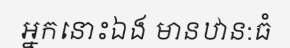
អ្នកនោះឯង មានឋាន:ធំ